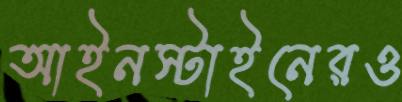
আইনস্টাইনেরও